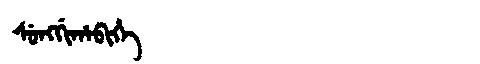
Manchu: ᠰᡠᠩᡤᡳᡥᠠᠪᡳᡥᡝ
Romanization: SUNGGIHABIHE